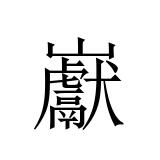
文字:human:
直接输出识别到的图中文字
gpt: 巚